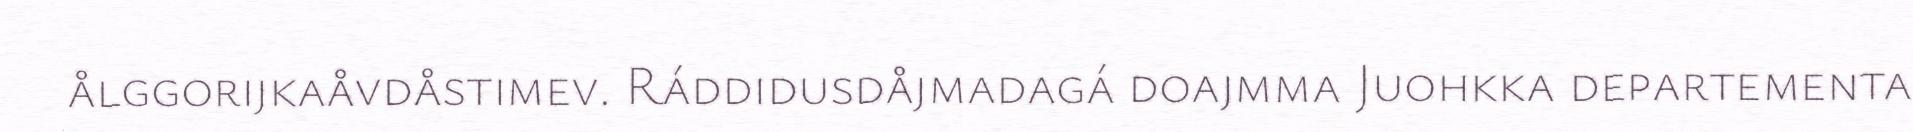
ålggorijkaåvdåstimev. Ráddidusdåjmadagá doajmma Juohkka departementa